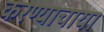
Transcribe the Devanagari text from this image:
करण्याचाया